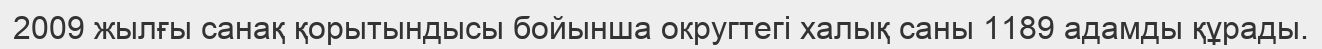
2009 жылғы санақ қорытындысы бойынша округтегі халық саны 1189 адамды құрады.